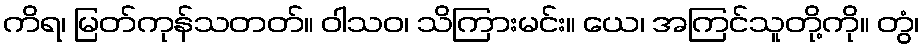
ကိရ၊ မြတ်ကုန်သတတ်။ ဝါသဝ၊ သိကြားမင်း။ ယေ၊ အကြင်သူတို့ကို။ တွံ၊